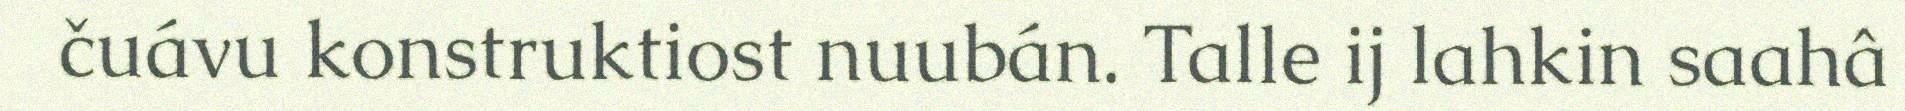
čuávu konstruktiost nuubán. Talle ij lahkin saahâ